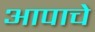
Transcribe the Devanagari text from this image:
आपाचे